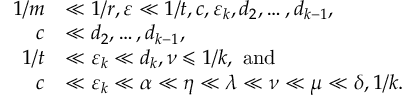
\begin{array} { r l } { 1 / m } & { \ll 1 / r , \varepsilon \ll 1 / t , c , \varepsilon _ { k } , d _ { 2 } , \dots , d _ { k - 1 } , } \\ { c } & { \ll d _ { 2 } , \dots , d _ { k - 1 } , } \\ { 1 / t } & { \ll \varepsilon _ { k } \ll d _ { k } , \nu \leqslant 1 / k , \mathrm { ~ a n d } } \\ { c } & { \ll \varepsilon _ { k } \ll \alpha \ll \eta \ll \lambda \ll \nu \ll \mu \ll \delta , 1 / k . } \end{array}